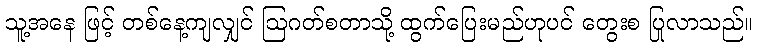
သူ့အနေ ဖြင့် တစ်နေ့ကျလျှင် ဩဂတ်စတာသို့ ထွက်ပြေးမည်ဟုပင် တွေးစ ပြုလာသည်။